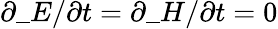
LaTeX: \partial\_ E/\partial t=\partial\_ H/\partial t=0